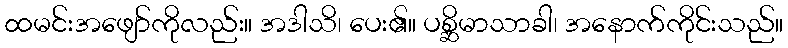
ထမင်းအဖျော်ကိုလည်း။ အဒါသိ၊ ပေး၏။ ပစ္ဆိမာသာခါ၊ အနောက်ကိုင်းသည်။